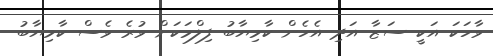
ވާހަކަ އަކީ ސަޒާ އަދި އެހެން ކާމިޔާބު ފިލްމަކަށް ވުރެ ވެސް ކާމިޔާބު